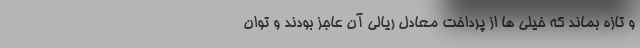
و تازه بماند که خیلی ها از پرداخت معادل ریالی آن عاجز بودند و توان